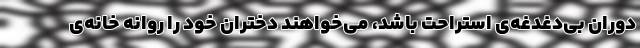
دوران بی‌دغدغه‌ی استراحت باشد، می‌خواهند دختران خود را روانه خانه‌ی